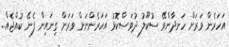
އަހަރެން ވަރަށް ހަނދާންވޭ ސުކޫލު ދުވަސްކޮޅު އަހަރެންނަށް ވަރަށް ގިނައިން ފެނޭ ކުއްޖެއް..